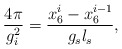
\begin{align*}\frac{4 \pi}{g_i^2}=\frac{x_6^i-x_6^{i-1}}{g_s l_s},\end{align*}